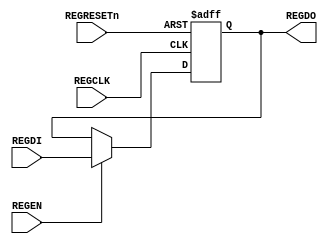
//-----------------------------------------------------------------------------
// The confidential and proprietary information contained in this file may
// only be used by a person authorised under and to the extent permitted
// by a subsisting licensing agreement from ARM Limited.
//
//            (C) COPYRIGHT 2008-2009 ARM Limited.
//                ALL RIGHTS RESERVED
//
// This entire notice must be reproduced on all copies of this file
// and copies of this file may only be made by a person if such person is
// permitted to do so under the terms of a subsisting license agreement
// from ARM Limited.
//
//      SVN Information
//
//      Checked In          : $Date: 2009-03-12 21:07:25 +0000 (Thu, 12 Mar 2009) $
//
//      Revision            : $Revision: 103901 $
//
//      Release Information : Cortex-M0-AT510-r0p0-00rel0
//-----------------------------------------------------------------------------

module cm0_pmu_cdc_send_reset
          (input  wire REGCLK,     // Register Clock
           input  wire REGRESETn,  // Reset
           input  wire REGEN,      // Register Load Enable
           input  wire REGDI,      // Data Input
           output wire REGDO);     // Data Output

  // --------------------------------------------------------------------------
  // NOTE: THIS MODULE IS NOT INTENDED FOR USE IN SYNTHESIS
  // IT IS STRONGLY RECOMMENDED THAT AN EQUIVALENT MODULE
  // DIRECTLY INSTANTIATING CELLS FROM YOUR LIBRARY THAT MEET
  // THE REQUIREMENTS DETAILED BELOW IS USED INSTEAD
  // --------------------------------------------------------------------------

  // --------------------------------------------------------------------------
  // This module is instantiated where a CDC-safe send (launch) register is
  // required, i.e. where the output of the register is used in a different
  // clock domain to the register. In this case, it is necesssary to ensure 
  // that the output of the register does not glitch when the register enable
  // signal, REGEN, is low, or when the output does not logically change on
  // a clock edge.
  //
  // The implementation of this module must ensure that this requirement is
  // met.
  // --------------------------------------------------------------------------

  // --------------------------------------------------------------------------
  // Signal Declarations
  // --------------------------------------------------------------------------
  reg     iREGDO;  // Output of Register
  
  //----------------------------------------------------------------------------
  // Beginning of main code
  //----------------------------------------------------------------------------

  //Register
  always @ (posedge REGCLK or negedge REGRESETn)
    if (!REGRESETn)
      iREGDO <= 1'b0;
    else if (REGEN)
      iREGDO <= REGDI;

  assign REGDO = iREGDO;

  `ifdef ARM_ASSERT_ON
    `include "std_ovl_defines.h"

    assert_never_unknown
      #(`OVL_FATAL, 1, `OVL_ASSUME, "CDC Register Enable must never be X")
      u_x_check_cdc_reg_en
      (
        .clk        (REGCLK),
        .reset_n    (REGRESETn),
        .qualifier  (1'b1),
        .test_expr  (REGEN)
      );

  `endif

endmodule